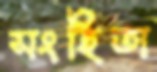
সংহিতা